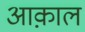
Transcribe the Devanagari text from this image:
आक़ाल